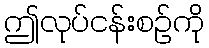
ဤလုပ်ငန်းစဉ်ကို